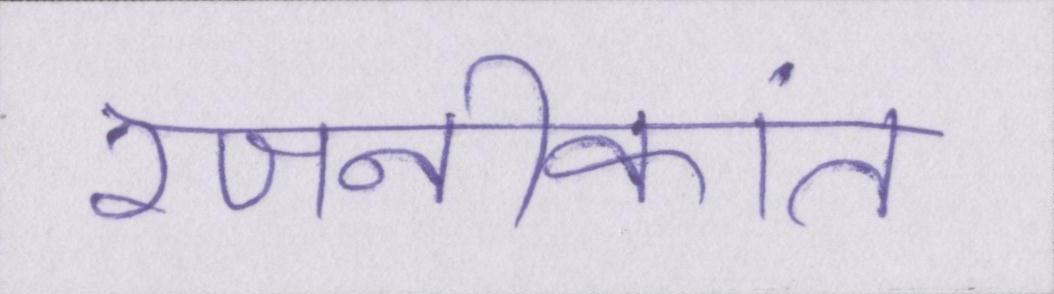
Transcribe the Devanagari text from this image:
रजनीकांत